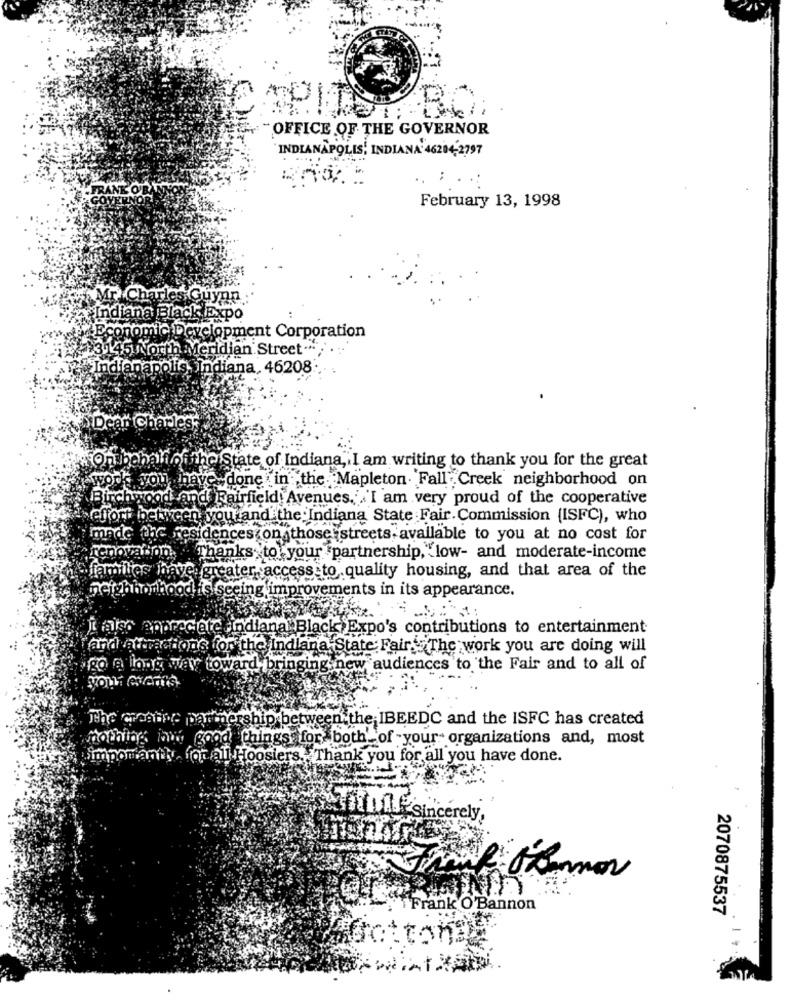
R
OFFICE OF THE GOVERNOR
INDIANAPOLIS, INDIANA 46204-2797
..
FRANK OF
February 13, 1998
Mr. Charles Guyan
Indiana Black Expo
Economic Development Corporation
$$+3.145 North Meridian Street."
Indianapolis. Indiana, 46208:
Dear charles
On behalf of the State of Indiana, I am writing to thank you for the great
work you have-
ave done in the Mapleton. Fall Creek neighborhood on
Birchwood and Fairfield: Avenues. I am very proud of the cooperative
effort between you and the Indiana State Fair. Commission (ISFC), who
made the residencescon
streets, available to you at no cost for
renovation.
Thanks to your partnership, low- and moderate-income
families have. greater access to quality housing, and that area of the
hood is seeing improvements in its appearance.
ji ales appreciate indiana Black Expo's contributions to entertainment
and attractions for the Indiana State Fair. The work you are doing will
go a long way toward bringing new audiences to the Fair and to all of
The wonthe partnership between.the IBEEDC and the ISFC has created
nothing in good things for both of -your organizations and, most
importantly,forall Hoosiers ., Thank you for all you have done.
Sincerely,
Frank O'Bannon
2070875537